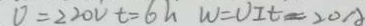
V = 2 2 0 V t = 6 h W = V I T = 2 0 A